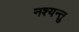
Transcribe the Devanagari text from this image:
नश्यन्तु